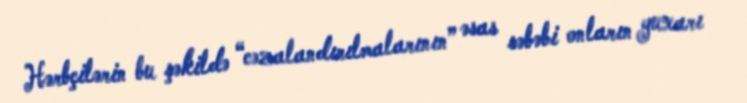
Hərbçilərin bu şəkildə “cəzalandırılmalarının” əsas səbəbi onların yuxarı